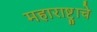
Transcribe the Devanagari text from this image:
महाराष्ट्र्राचे